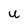
Character: U